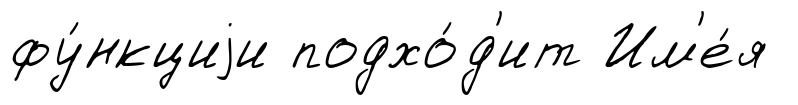
фу́нкциjи подхо́д'ит Им'е́я